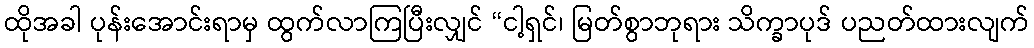
ထိုအခါ ပုန်းအောင်းရာမှ ထွက်လာကြပြီးလျှင် “ငါ့ရှင်၊ မြတ်စွာဘုရား သိက္ခာပုဒ် ပညတ်ထားလျက်